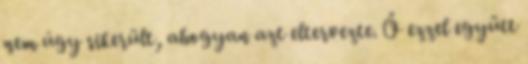
nem úgy sikerült, ahogyan azt eltervezte. Ő ezzel együtt